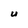
Character: U